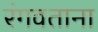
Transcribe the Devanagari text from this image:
रंगवताना